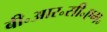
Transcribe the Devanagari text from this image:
बी॰आर॰सी॰एम॰